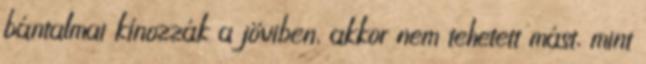
bántalmai kínozzák a jövıben, akkor nem tehetett mást, mint